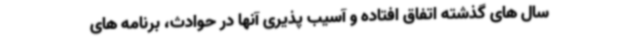
سال های گذشته اتفاق افتاده و آسیب پذیری آنها در حوادث، برنامه های